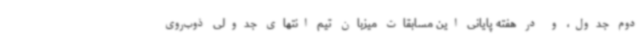
دوم جدول، و در هفته پایانی این مسابقات میزبان تیم انتهای جدولی ذوب‌روی